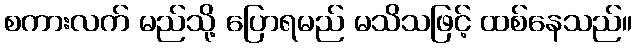
စကားလက် မည်သို့ ပြောရမည် မသိသဖြင့် ထစ်နေသည်။